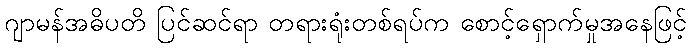
ဂျာမန်အဓိပတိ ပြင်ဆင်ရာ တရားရုံးတစ်ရပ်က စောင့်ရှောက်မှုအနေဖြင့်